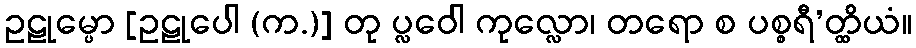
ဥဠုမ္ပော [ဥဠုပေါ (က.)] တု ပ္လဝေါ ကုလ္လော၊ တရော စ ပစ္စရီ’တ္ထိယံ။